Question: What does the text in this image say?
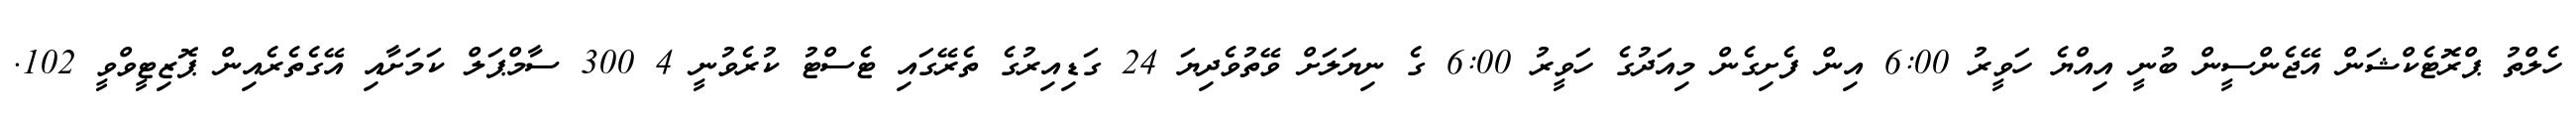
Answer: ހެލްތު ޕްރޮޓެކްޝަން އޭޖެންސީން ބުނީ އިއްޔެ ހަވީރު 6:00 އިން ފެށިގެން މިއަދުގެ ހަވީރު 6:00 ގެ ނިޔަލަށް ވޭތުވެދިޔަ 24 ގަޑިއިރުގެ ތެރޭގައި ޓެސްޓު ކުރެވުނީ 4 300 ސާމްޕަލް ކަމަށާއި އޭގެތެރެއިން ޕޮޒިޓީވްވީ 102.